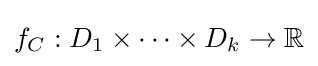
f_{C}:D_{1}\times \cdots \times D_{k}\to \mathbb {R}